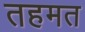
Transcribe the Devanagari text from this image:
तहमत